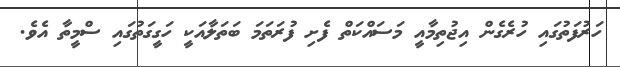
ހަރުފަތުގައި ހުރެގެން އިޖުތިމާއީ މަސައްކަތް ފެށި ފުރަތަމަ ބަތަލާއަކީ ހަގީގަތުގައި ސްމީތާ އެވެ.